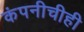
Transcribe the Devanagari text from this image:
कंपनीचीही